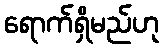
ရောက်ရှိမည်ဟု